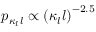
p _ { \kappa _ { l } l } \propto \left( \kappa _ { l } l \right) ^ { - 2 . 5 }